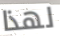
لهذا